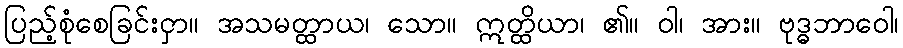
ပြည့်စုံစေခြင်းငှာ။ အသမတ္ထာယ၊ သော။ ဣတ္ထိယာ၊ ၏။ ဝါ၊ အား။ ဗုဒ္ဓဘာဝေါ၊